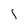
Character: 1